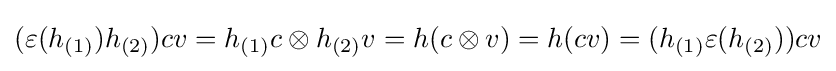
(\varepsilon (h_{(1)})h_{(2)})cv=h_{(1)}c\otimes h_{(2)}v=h(c\otimes v)=h(cv)=(h_{(1)}\varepsilon (h_{(2)}))cv